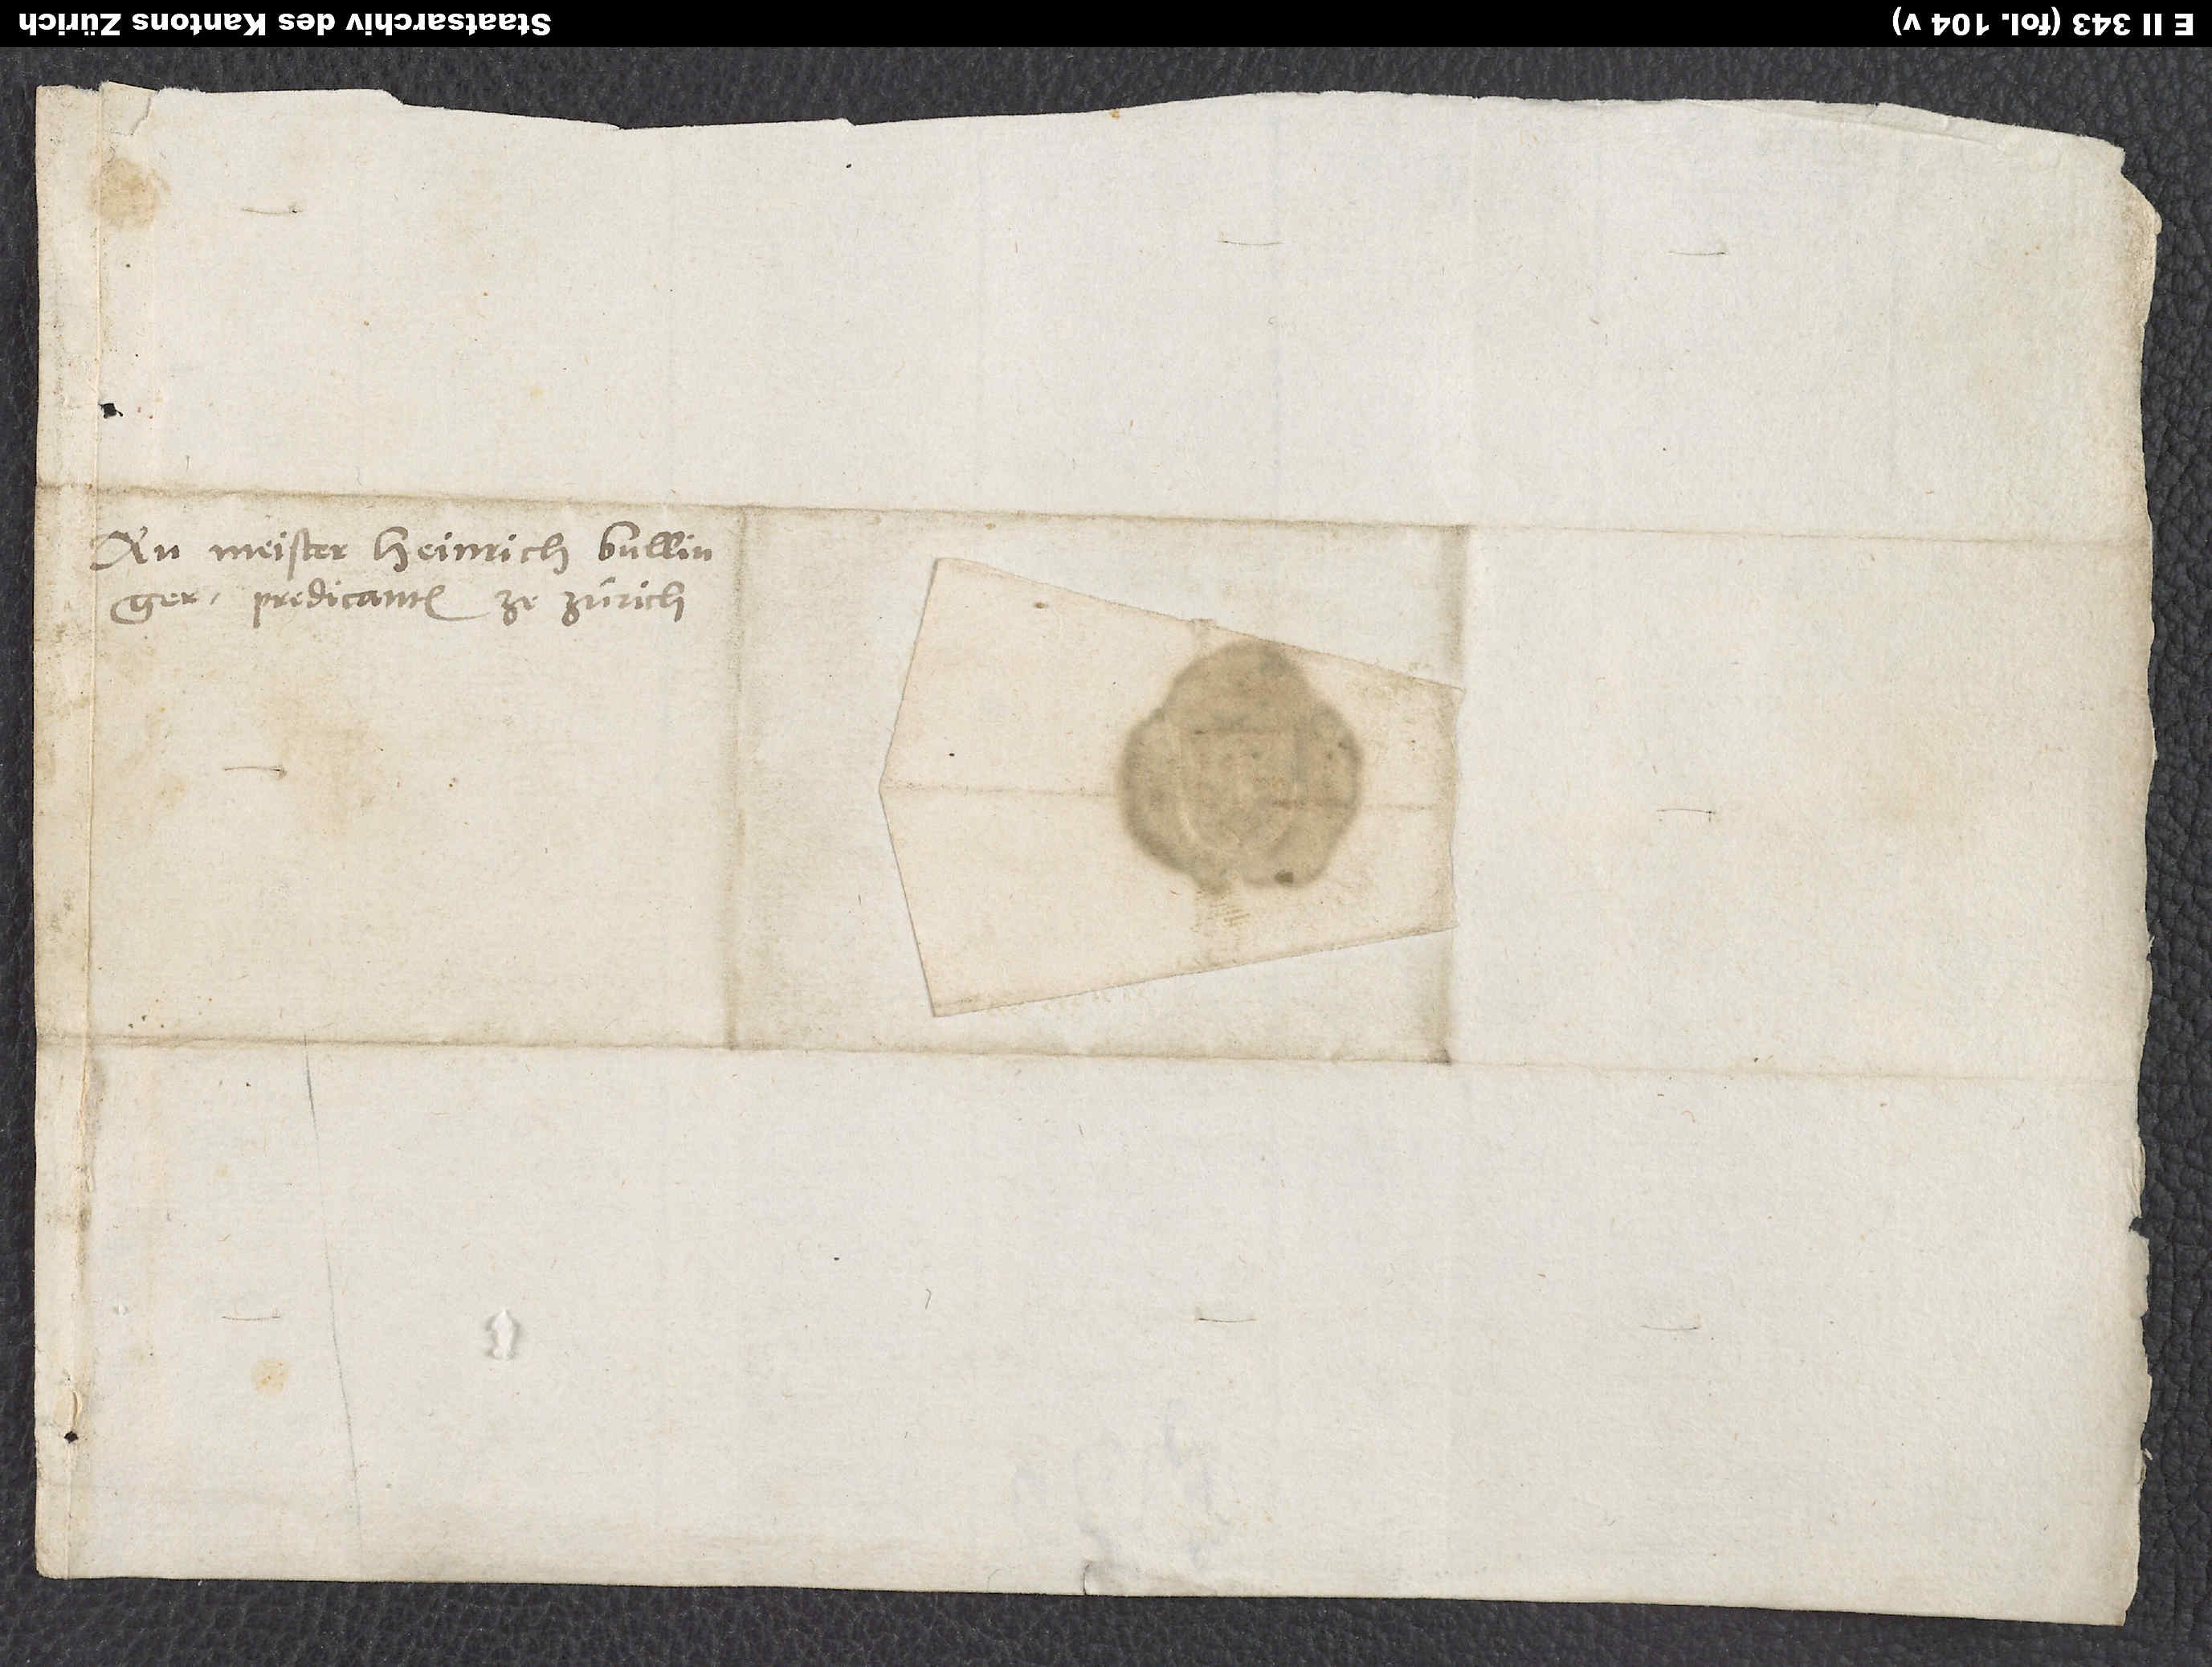
An Meister Heinrich Bullinger,
predicanten ze Zurich.
S.